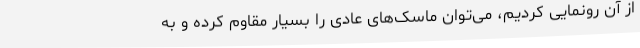
از آن رونمایی کردیم، می‌توان ماسک‌های عادی را بسیار مقاوم کرده و به